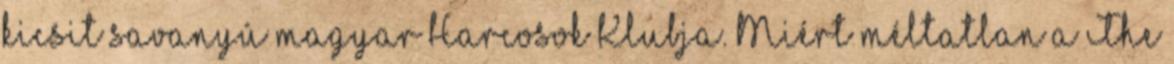
kicsit savanyú magyar Harcosok Klubja. Miért méltatlan a The